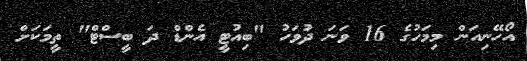
އޯހޭނިއަން މިމަހުގެ 16 ވަނަ ދުވަހު "ބިއުޓީ އެންޑް ދަ ބީސްޓް" ތީމަކަށް